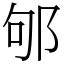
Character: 邭